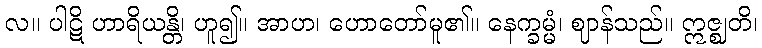
လ။ ပါဋိ ဟာရိယန္တိ၊ ဟူ၍။ အာဟ၊ ဟောတော်မူ၏။ နေက္ခမ္မံ၊ ဈာန်သည်။ ဣဇ္ဈတိ၊